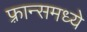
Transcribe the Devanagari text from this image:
फ़्रान्समध्ये